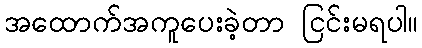
အထောက်အကူပေးခဲ့တာ ငြင်းမရပါ။